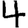
Digit: 4